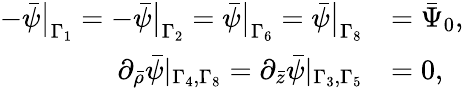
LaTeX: \begin{array}{rl}{-\bar{\psi}\big|_{\Gamma_{1}}=-\bar{\psi}\big|_{\Gamma_{2}}=\bar{\psi}\big|_{\Gamma_{6}}=\bar{\psi}\big|_{\Gamma_{8}}}&{=\bar{\Psi}_{0},}\\ {\partial_{\bar{\rho}}\bar{\psi}|_{\Gamma_{4},\Gamma_{8}}=\partial_{\bar{z}}\bar{\psi}|_{\Gamma_{3},\Gamma_{5}}}&{=0,}\end{array}